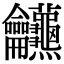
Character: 𪛖